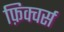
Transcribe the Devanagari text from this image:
फ़िक्चर्स